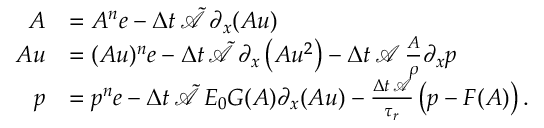
\begin{array} { r l } { \boldsymbol { A } } & { = A ^ { n } \boldsymbol { e } - \Delta t \, \tilde { \mathcal { A } } \, \partial _ { x } ( \boldsymbol { A u } ) } \\ { \boldsymbol { A u } } & { = ( A u ) ^ { n } \boldsymbol { e } - \Delta t \, \tilde { \mathcal { A } } \, \partial _ { x } \left( \boldsymbol { A u ^ { 2 } } \right) - \Delta t \, \mathcal { A } \, \frac { \boldsymbol { A } } { \rho } \partial _ { x } \boldsymbol { p } } \\ { \boldsymbol { p } } & { = p ^ { n } \boldsymbol { e } - \Delta t \, \tilde { \mathcal { A } } \, E _ { 0 } \boldsymbol { G } ( \boldsymbol { A } ) \partial _ { x } ( \boldsymbol { A u } ) - \frac { \Delta t \, \mathcal { A } } { \tau _ { r } } \left( \boldsymbol { p } - \boldsymbol { F } ( \boldsymbol { A } ) \right) . } \end{array}